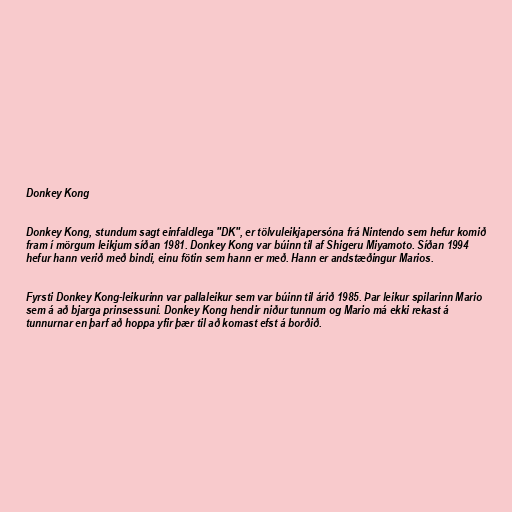
Donkey Kong

Donkey Kong, stundum sagt einfaldlega "DK", er tölvuleikjapersóna frá Nintendo sem hefur komið
fram í mörgum leikjum síðan 1981. Donkey Kong var búinn til af Shigeru Miyamoto. Síðan 1994
hefur hann verið með bindi, einu fötin sem hann er með. Hann er andstæðingur Marios.

Fyrsti Donkey Kong-leikurinn var pallaleikur sem var búinn til árið 1985. Þar leikur spilarinn Mario
sem á að bjarga prinsessuni. Donkey Kong hendir niður tunnum og Mario má ekki rekast á
tunnurnar en þarf að hoppa yfir þær til að komast efst á borðið.